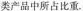
类产品中所占比重。